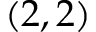
( 2 , 2 )